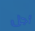
أجل